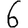
Digit: 6